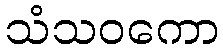
သံသဝကော